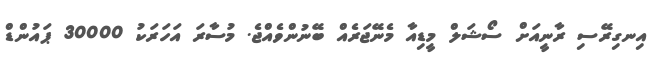
އިނގިރޭސި ރާނީއަށް ސޯޝަލް މީޑިއާ މެނޭޖަރެއް ބޭނުންވެއްޖެ. މުސާރަ އަހަރަކު 30000 ޕައުންޑް